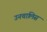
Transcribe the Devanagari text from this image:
उनचालिस